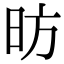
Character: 昉